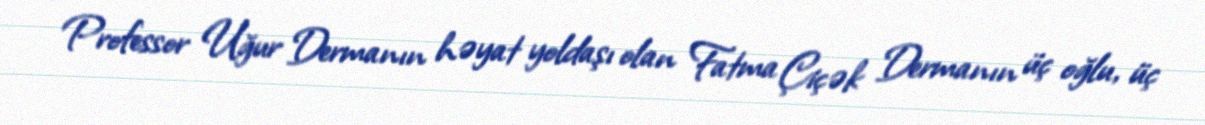
Professor Uğur Dermanın həyat yoldaşı olan Fatma Çiçək Dermanın üç oğlu, üç